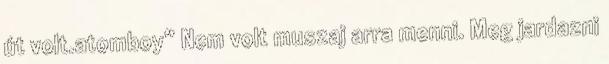
út volt.atomboy” Nem volt muszaj arra menni. Meg jardazni